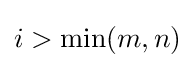
i>\min(m,n)